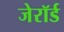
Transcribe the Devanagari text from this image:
जेरॉर्ड